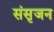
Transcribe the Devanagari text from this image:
संसृजन